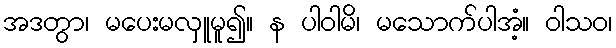
အဒတွာ၊ မပေးမလှူမူ၍။ န ပါဝါမိ၊ မသောက်ပါအံ့။ ဝါသဝ၊